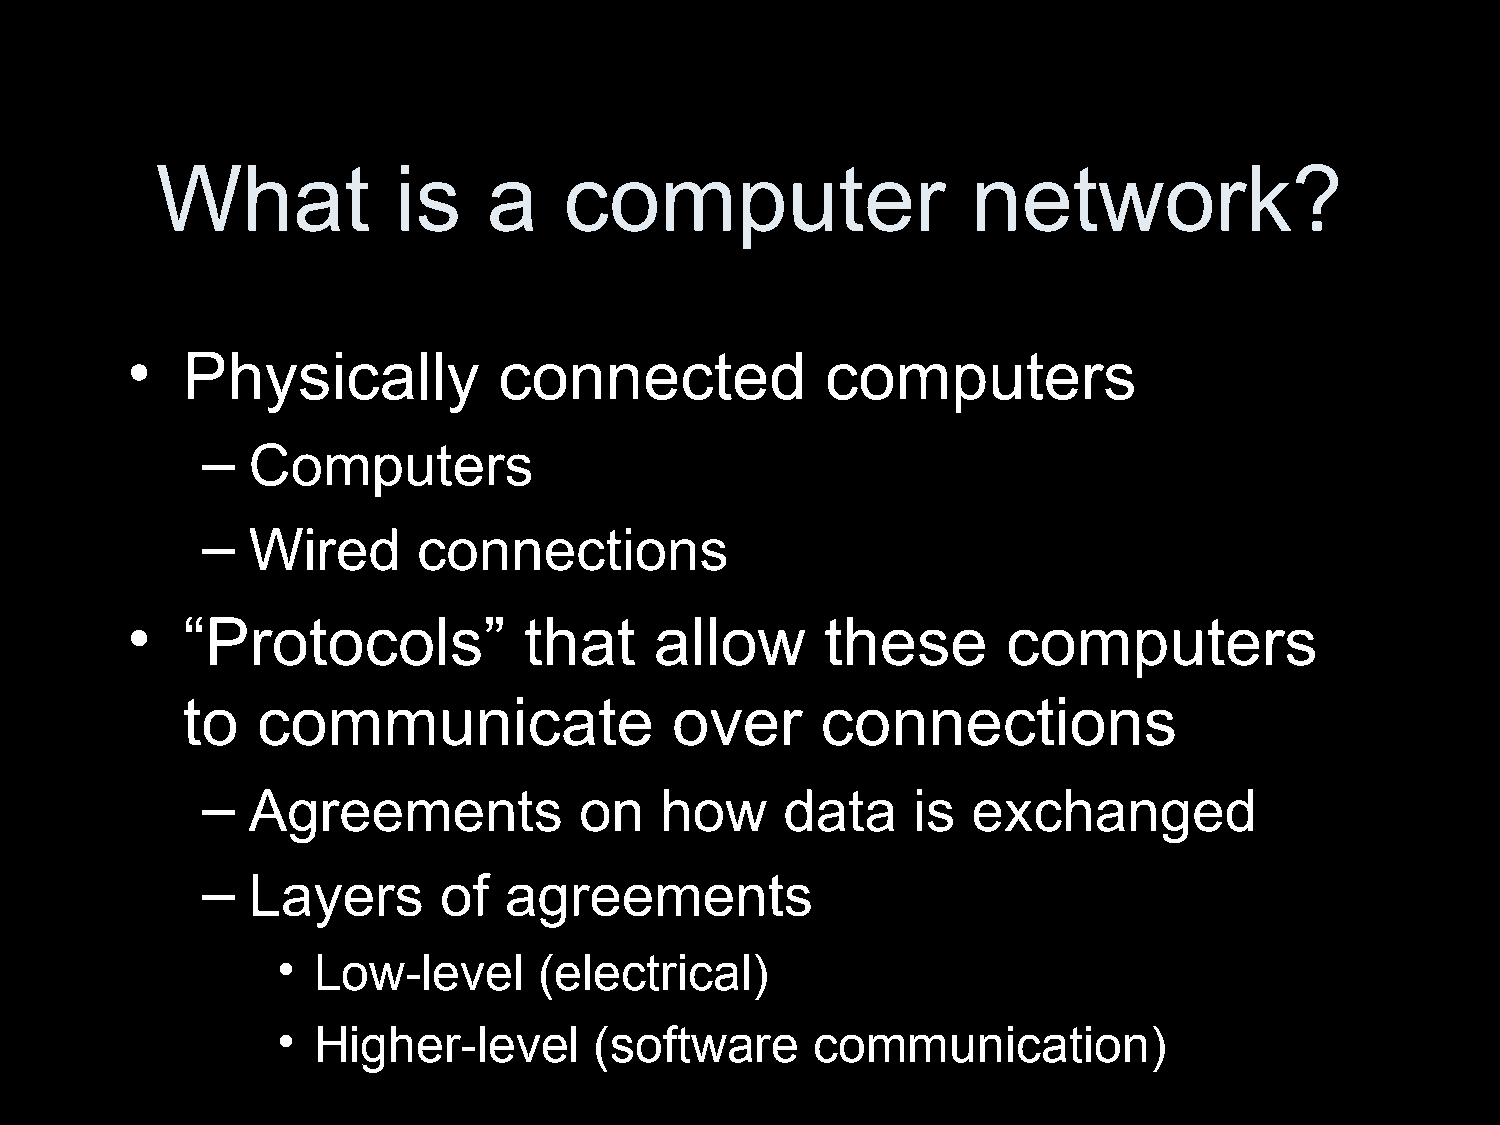
What            is    a    computer                   network?
 •   Physically           connected             computers
 –  Computers
 –  Wired       connections
 •   “Protocols”            that    allow       these       computers
 to   communicate                 over     connections
 –  Agreements            on    how     data    is  exchanged
 –  Layers       of  agreements
 •  Low-level      (electrical)
 •  Higher-level      (software      communication)